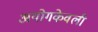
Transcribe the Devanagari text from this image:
अयोगकेवली